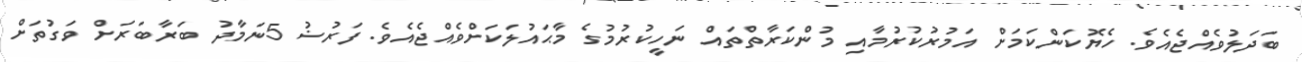
ބަދަލުވެއްޖެއެވެ. ހެޔޮކަންކަމަށް އަމުރުކުރުމާއި މުންކަރާތްތައް ނަހީކުރުމުގެ މާޙައުލަކަށްވެއްޖެއެވެ. ފަރުޟު 5ނަމާދު ބަރާބަރަށް ވަގުތަށް